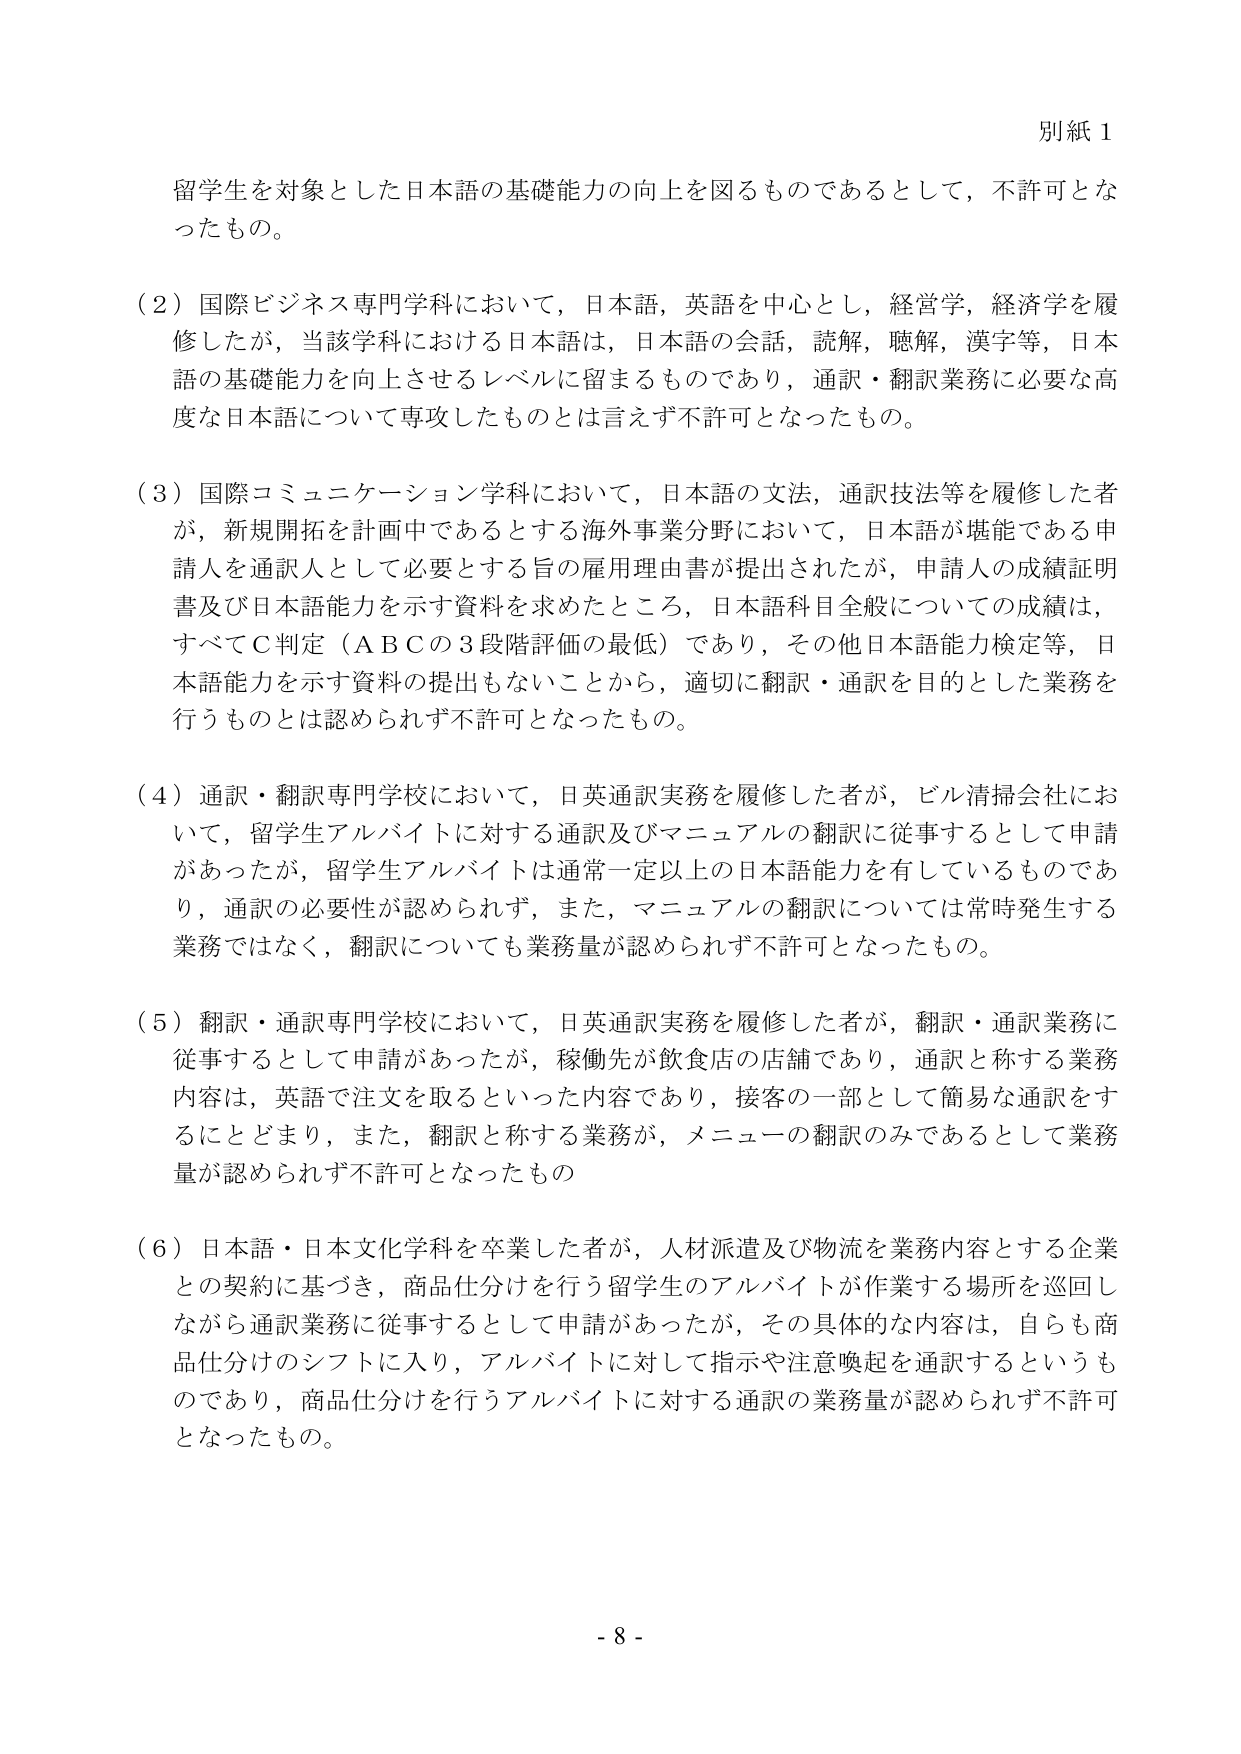
別紙１

留学生を対象とした日本語の基礎能力の向上を図るものであるとして，不許可となったもの。

（２）国際ビジネス専門学科において，日本語，英語を中心とし，経営学，経済学を履修したが，当該学科における日本語は，日本語の会話，読解，聴解，漢字等，日本語の基礎能力を向上させるレベルに留まるものであり，通訳・翻訳業務に必要な高度な日本語について専攻したものとは言えず不許可となったもの。

（３）国際コミュニケーション学科において，日本語の文法，通訳技法等を履修した者が，新規開拓を計画中であるとする海外事業分野において，日本語が堪能である申請人を通訳人として必要とする旨の雇用理由書が提出されたが，申請人の成績証明書及び日本語能力を示す資料を求めたところ，日本語科目全般についての成績は，すべてＣ判定（ＡＢＣの３段階評価の最低）であり，その他日本語能力検定等，日本語能力を示す資料の提出もないことから，適切に翻訳・通訳を目的とした業務を行うものとは認められず不許可となったもの。

（４）通訳・翻訳専門学校において，日英通訳実務を履修した者が，ビル清掃会社において，留学生アルバイトに対する通訳及びマニュアルの翻訳に従事するとして申請があったが，留学生アルバイトは通常一定以上の日本語能力を有しているものであり，通訳の必要性が認められず，また，マニュアルの翻訳については常時発生する業務ではなく，翻訳についても業務量が認められず不許可となったもの。

（５）翻訳・通訳専門学校において，日英通訳実務を履修した者が，翻訳・通訳業務に従事するとして申請があったが，稼働先が飲食店の店舗であり，通訳と称する業務内容は，英語で注文を取るといった内容であり，接客の一部として簡易な通訳をするにとどまり，また，翻訳と称する業務が，メニューの翻訳のみであるとして業務量が認められず不許可となったもの

（６）日本語・日本文化学科を卒業した者が，人材派遣及び物流を業務内容とする企業との契約に基づき，商品仕分けを行う留学生のアルバイトが作業する場所を巡回しながら通訳業務に従事するとして申請があったが，その具体的な内容は，自らも商品仕分けのシフトに入り，アルバイトに対して指示や注意喚起を通訳するというものであり，商品仕分けを行うアルバイトに対する通訳の業務量が認められず不許可となったもの。

- 8 -